Leningradi_Edasi_toimetus, lk 30
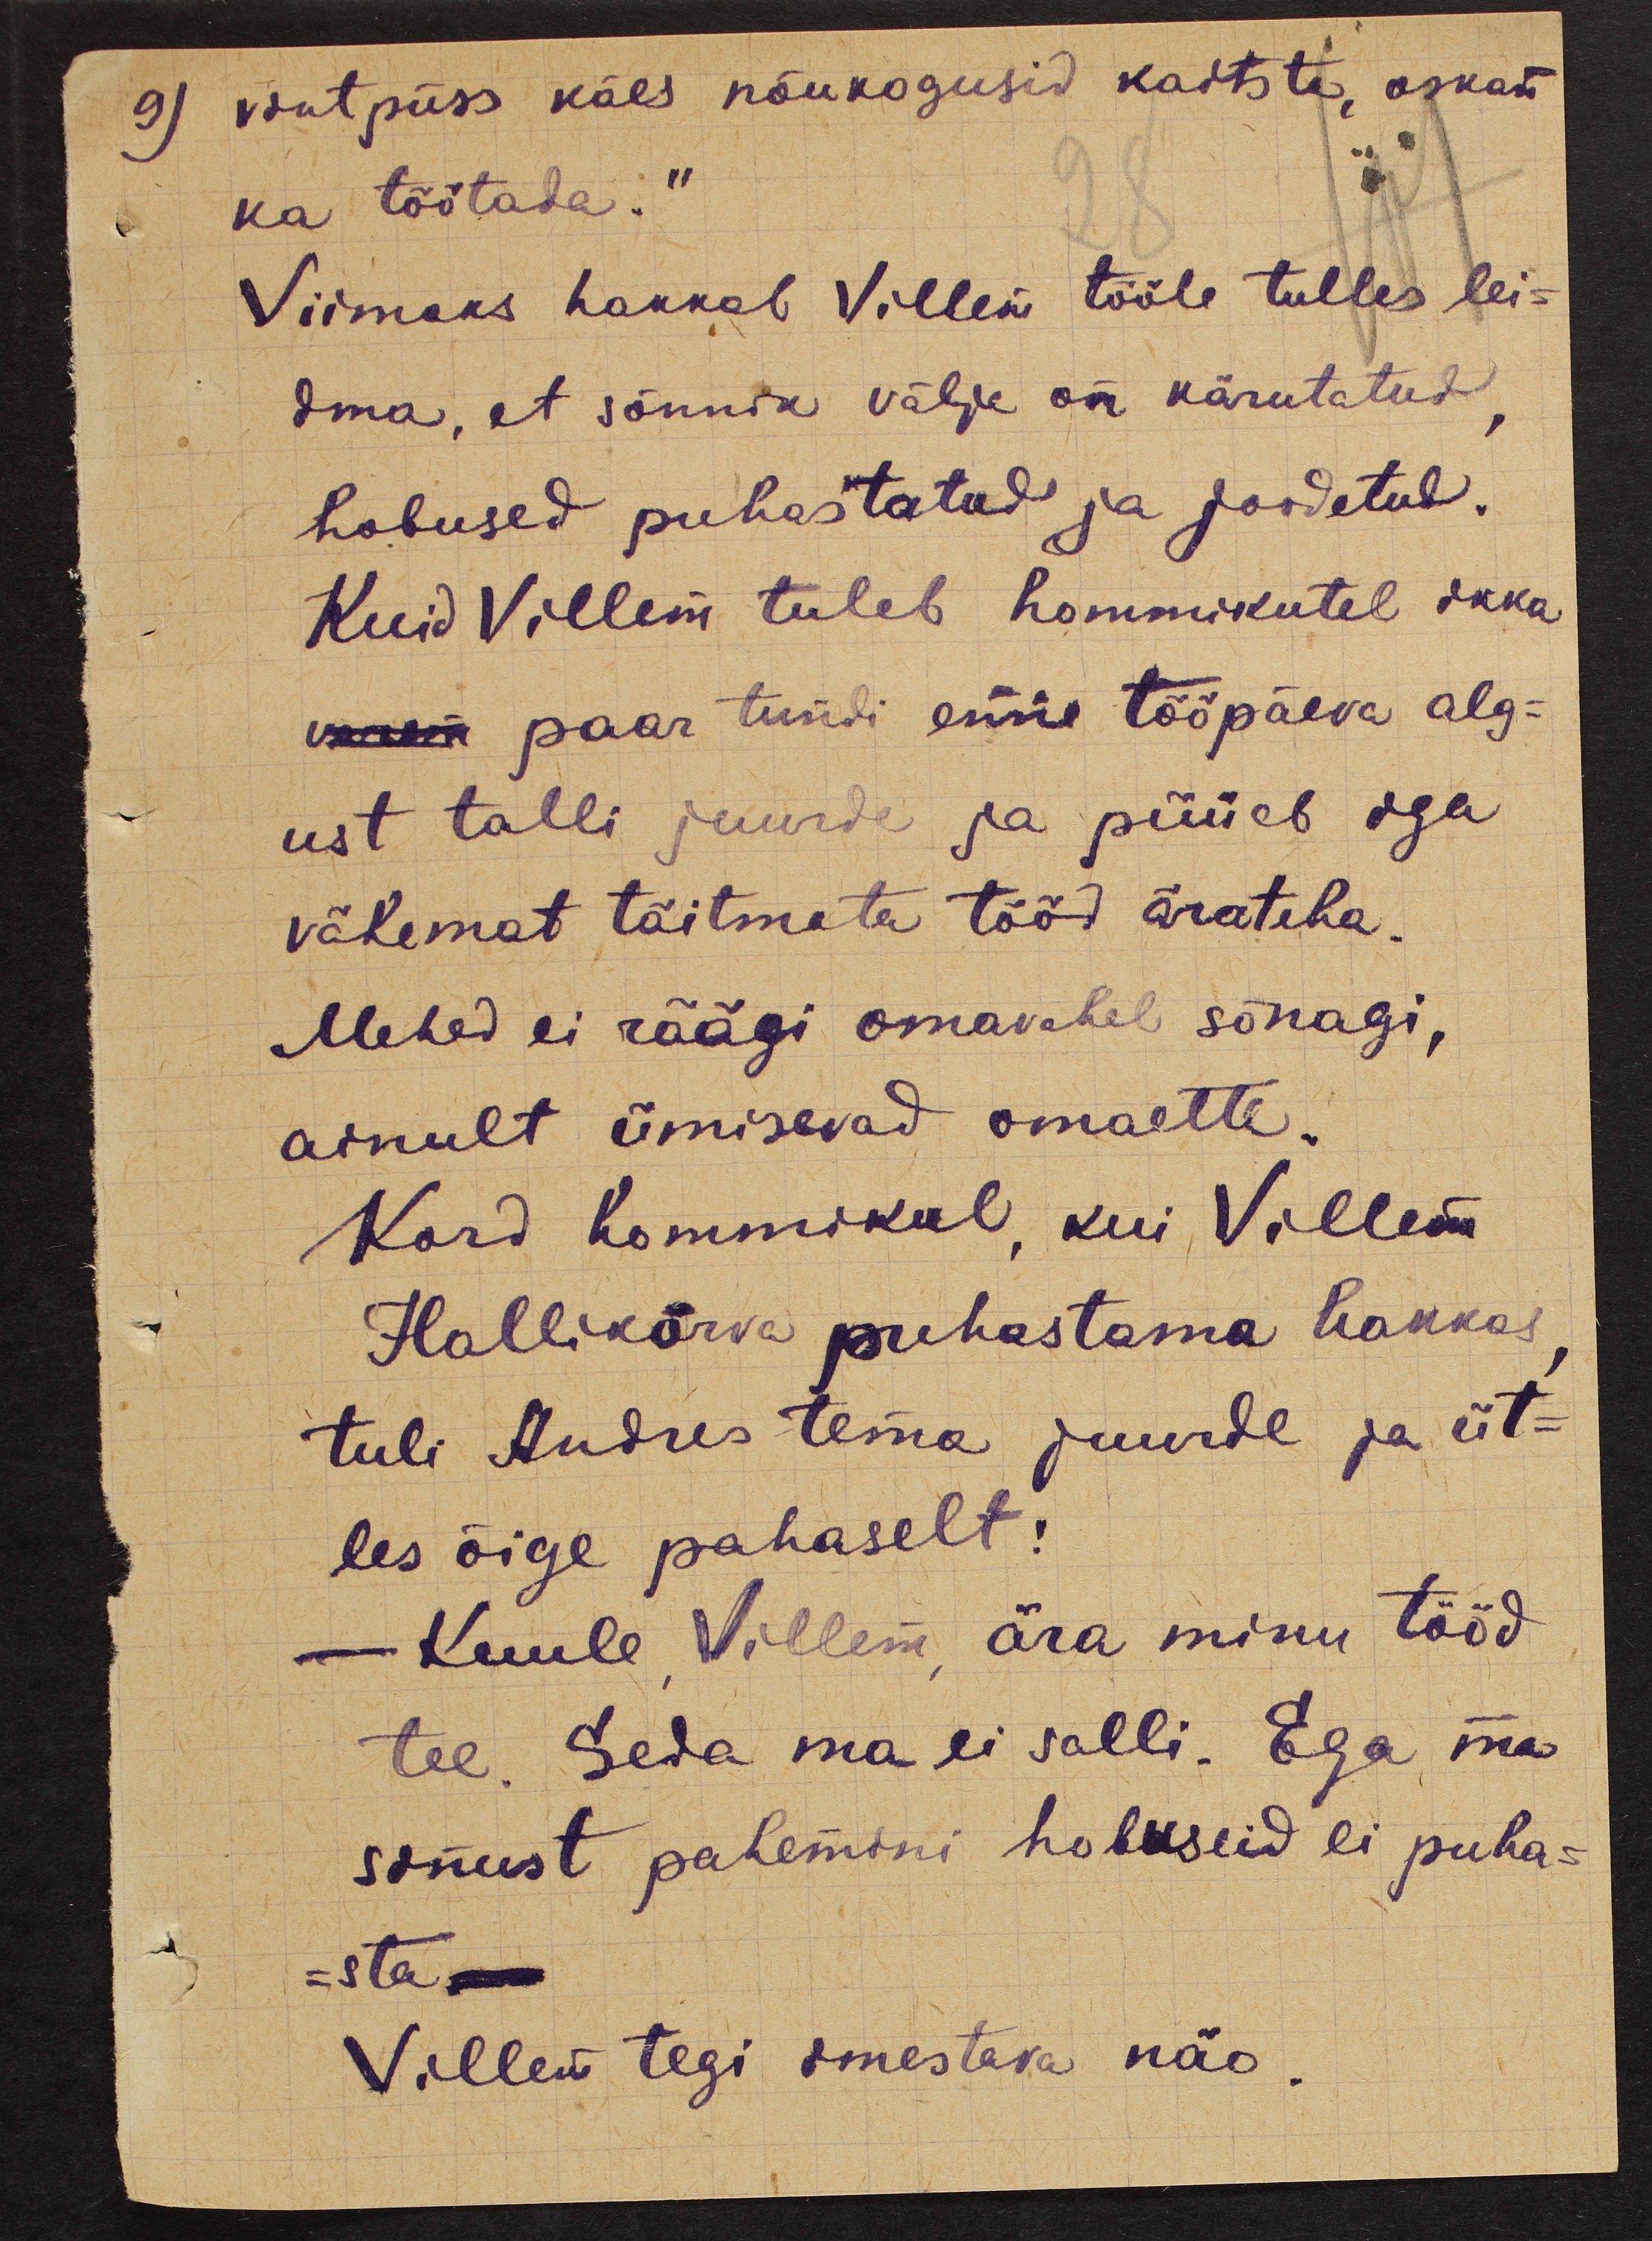
9) vintpüss käes nõukogusid kaitsta, oskan
ka töötada."
Viimaks hakkab Villem tööle tulles lei-
dma, et sõnnik välja on kärutatud,
hobused puhastatud ja joodetud.
Kuid Villem tuleb hommikutel ikka
varem paar tundi enne tööpäeva alg-
ust talli juurde ja püüab iga
vähemat täitmata tööd ärateha.
Mehed ei räägi omavahel sõnagi,
ainult ümisevad omaette.
Kord hommikul, kui Villem
Hallikõrva puhastama hakkas
tuli Andres tema juurde ja üt-
les õige pahaselt:
- Kuule, Villem, ära minu tööd
tee. Seda ma ei salli. Ega ma
sinust pahemini hobuseid ei puha-
-sta.
Villem tegi imestava näo.